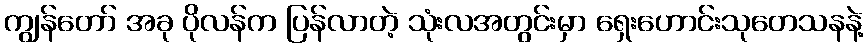
ကျွန်တော် အခု ပိုလန်က ပြန်လာတဲ့ သုံးလအတွင်းမှာ ရှေးဟောင်းသုတေသနနဲ့